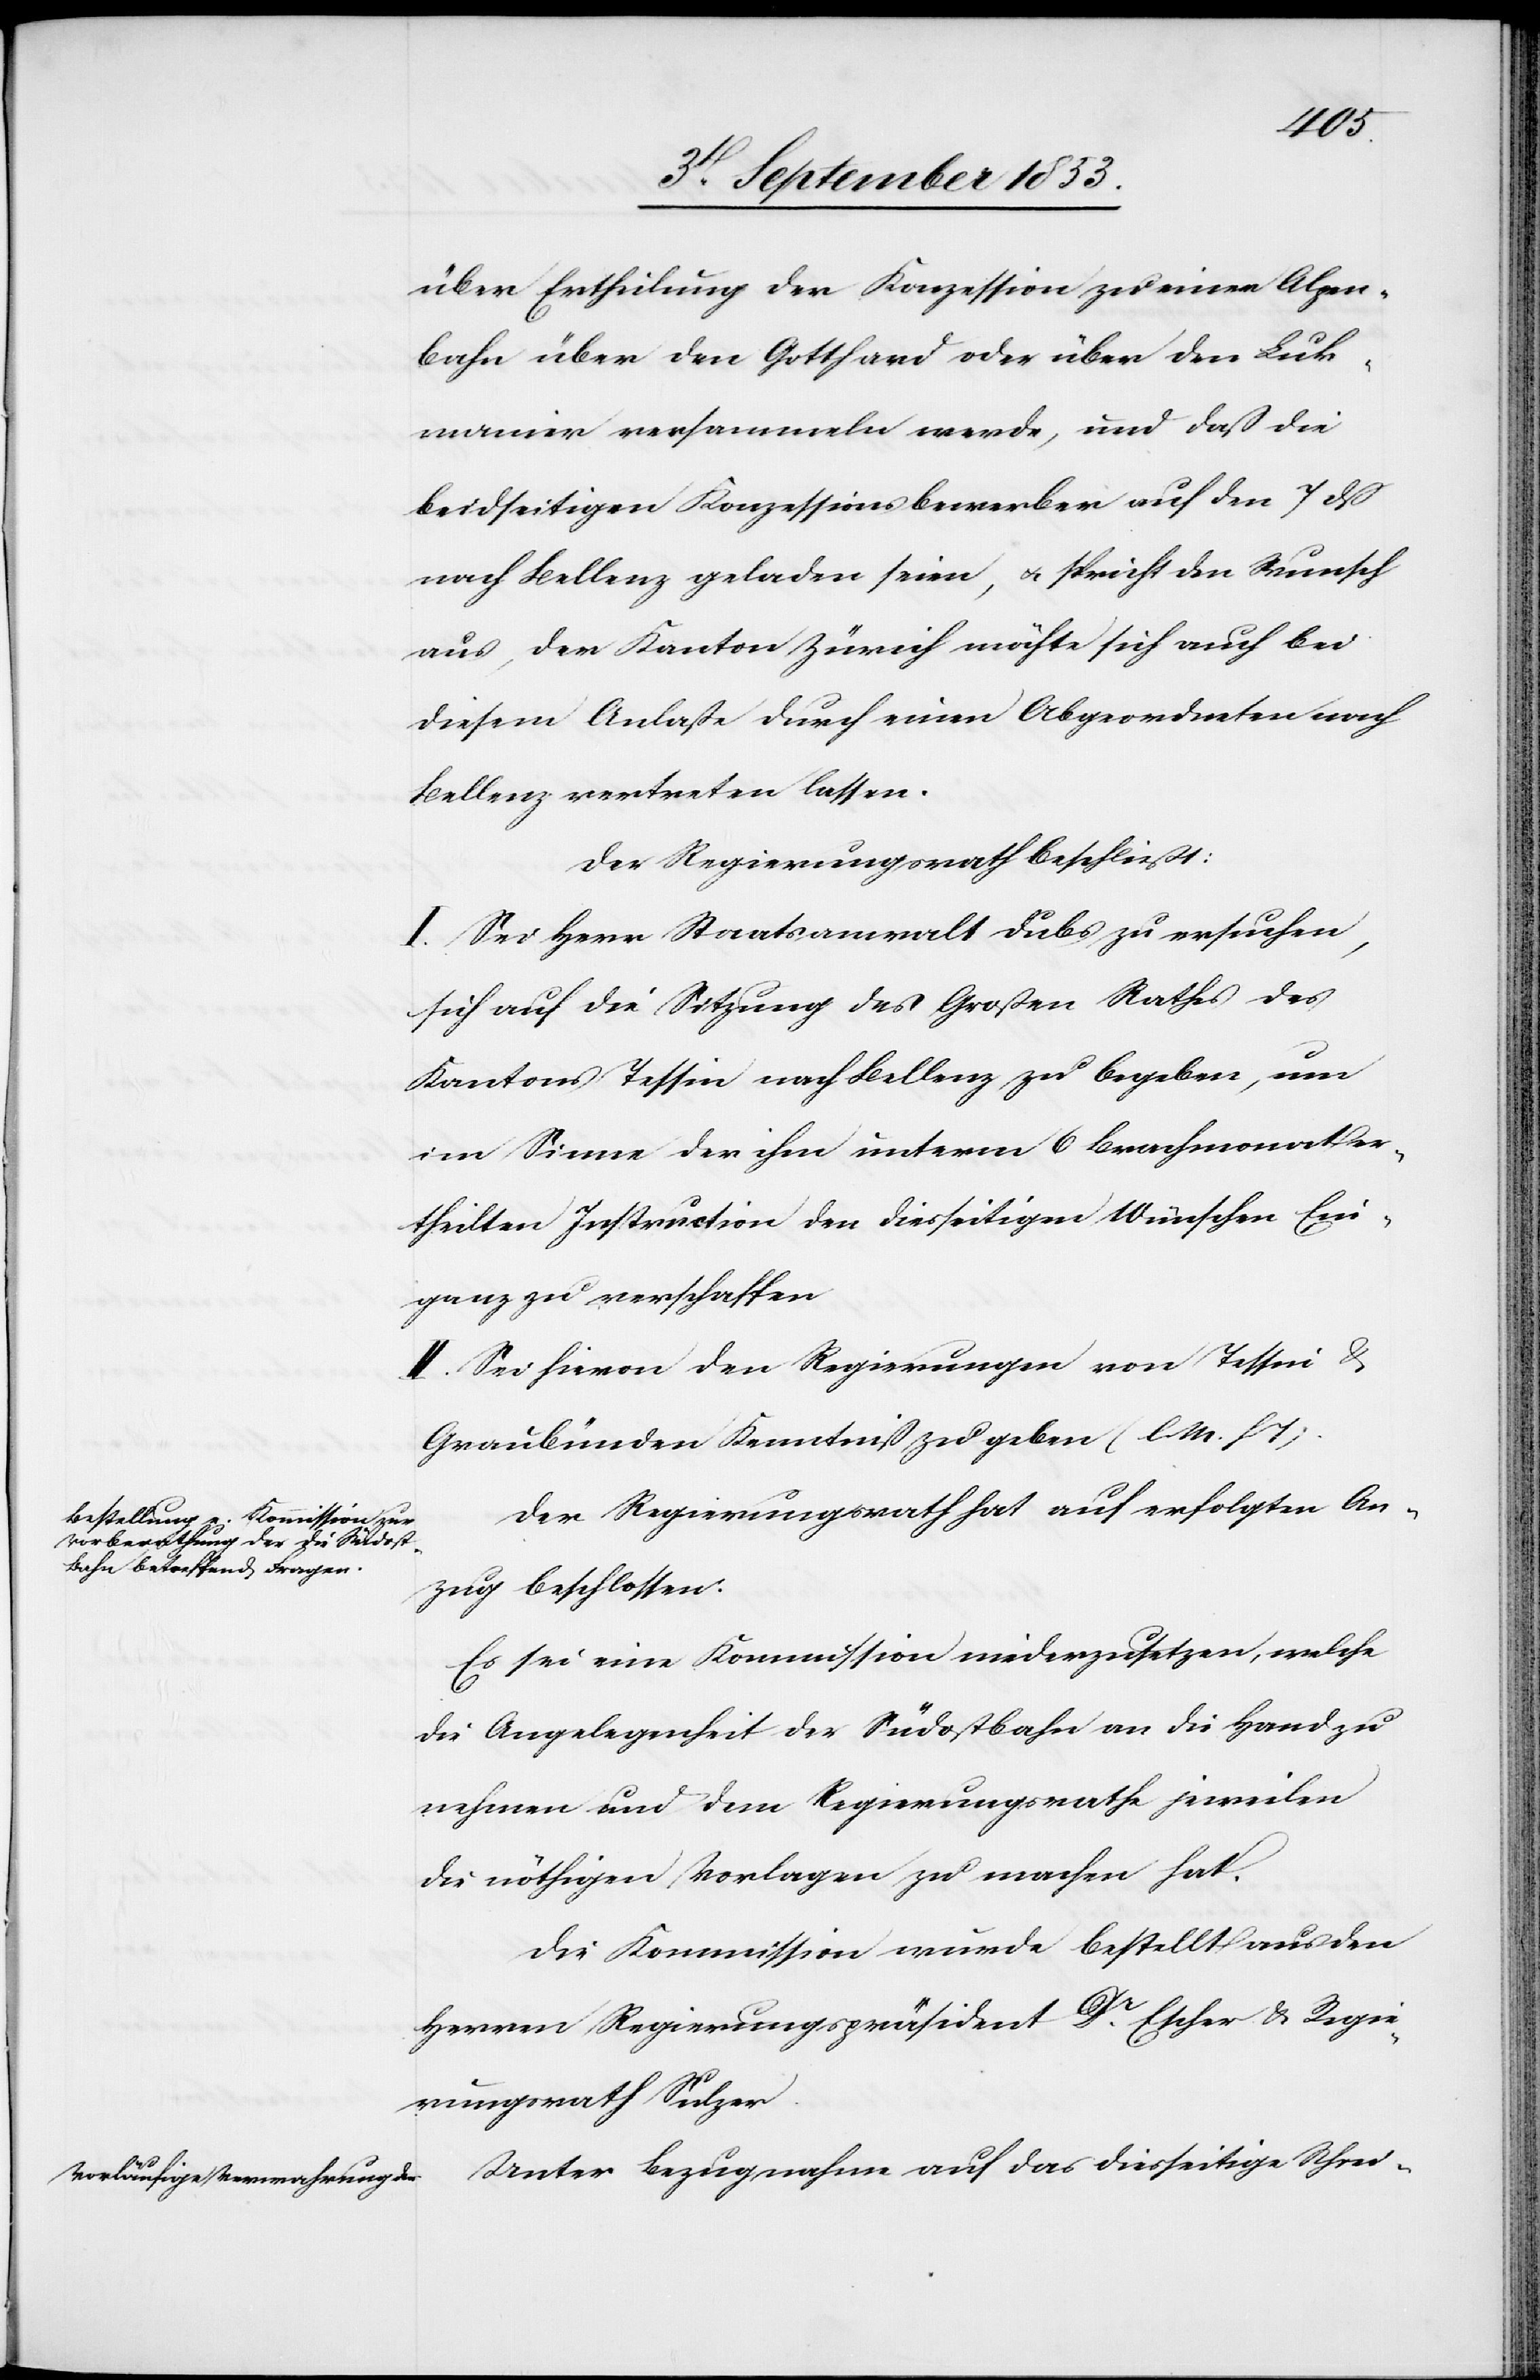
über Ertheilung der Konzession zur einer Alpen¬
bahn über den Gotthard oder über den Luk¬
manier versammeln werde, und daß die
beidseitigen Konzessionsbewerber auf den 7 dß
nach Bellenz geladen seien, u. spricht den Wunsch
aus, der Kanton Zürich möchte sich auch bei
diesem Anlaße durch einen Abgeordneten nach
Bellenz vertreten lassen.
Der Regierungsrath beschließt:
I. Sei Herr Staatsanwalt Dubs zu ersuchen,
sich auf die Sitzung des Großen Rathes des
Kantons Tessin nach Bellenz zu begeben, um
im Sinne der ihm unterm 6 Brachmonat er¬
theilten Instruction den diesseitigen Wünschen Ein¬
gang zu verschaffen.
II. Sei hievon den Regierungen von Tessin u.
Graubünden Kenntniß zu geben [l. M. h.
Der Regierungsrath hat auf erfolgten An¬
zug beschlossen:
Es sei eine Kommission niederzusetzen, welche
die Angelegenheit der Südostbahn an die Hand zu
nehmen und dem Regierungsrathe jeweilen
die nöthigen Vorlagen zu machen hat.
Die Kommission wurde bestellt aus den
Herren Regierungspräsident Dr Escher u. Regie¬
rungsrath Sulzer.
Unter Bezugnahme auf das diesseitige Schrei-